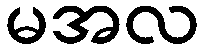
မအလ